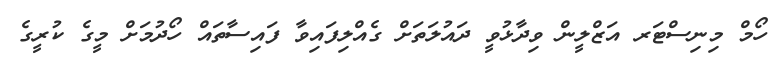
ހޯމް މިނިސްޓަރ އަޒްލީން ވިދާޅުވީ ދައުލަތަށް ގެއްލިފައިވާ ފައިސާތައް ހޯދުމަށް މީގެ ކުރީގެ